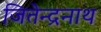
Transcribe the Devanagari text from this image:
जितेन्द्रनाथ